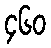
၄၆၀